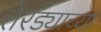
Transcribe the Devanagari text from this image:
तेरड्याच्या